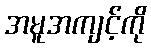
အမူအကျင့်ကို